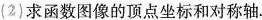
(2)求函数图像的顶点坐标和对称轴.